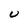
Character: U